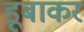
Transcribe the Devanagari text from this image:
डूबाकर